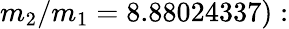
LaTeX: m_{2}/m_{1}=8.88024337):